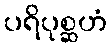
ပရိပုစ္ဆဟံ